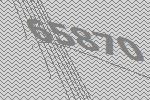
65870